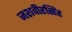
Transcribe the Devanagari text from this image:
जशवीरसिंह